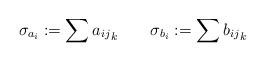
LaTeX: \begin{align*}\sigma_{a_i}:= \sum {a_{ij}}_{k}\qquad \sigma_{b_i}:= \sum {b_{ij}}_{k}\end{align*}